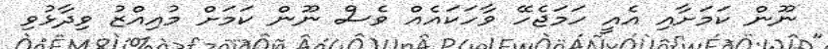
ނޫން ކަމަށާއި އެއީ ހަމަޖެހޭ ވާހަކައެއް ވެސް ނޫން ކަމަށް މުއިއްޒު ވިދާޅުވި